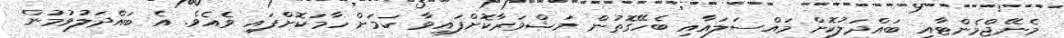
މެނޭޖްމެންޓާއި ބައްދަލުކޮށް މައްސަލައާއި ބެހޭގޮތުން މަޝްވަރާކޮށްފައިވާ ކަމަށް ހާމަކޮށްފައި ވެއެވެ. އެ ބައްދަލުވުމުން